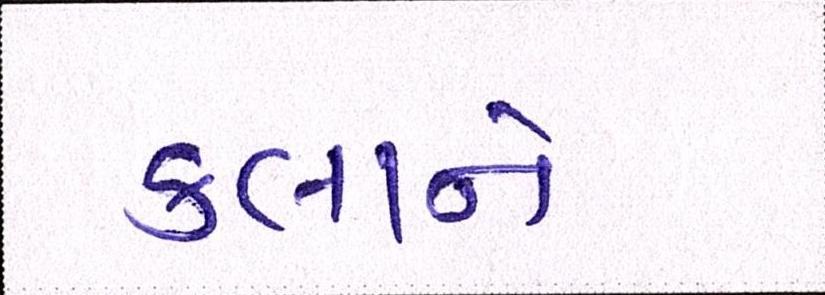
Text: કલાને